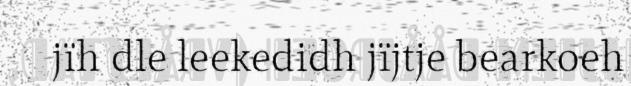
jïh dle leekedidh jïjtje bearkoeh